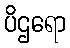
ပိဌရော